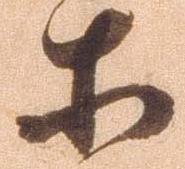
等